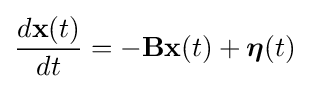
{\frac {d\mathbf {x} (t)}{dt}}=-\mathbf {B} \mathbf {x} (t)+{\boldsymbol {\eta }}(t)